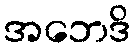
အဘေဒိ